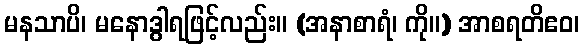
မနသာပိ၊ မနောဒွါရဖြင့်လည်း။ (အနာစာရံ၊ ကို။) အာစရတိဧဝ၊